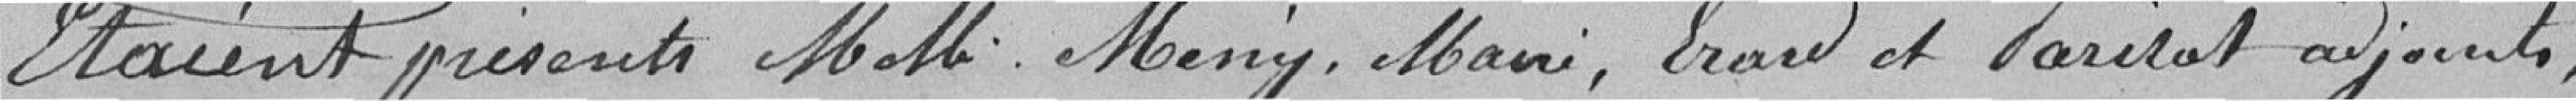
Etaient présents Moll, Mény, Mani, erard et Parisot adjoints,